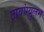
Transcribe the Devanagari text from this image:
ट्रायांग्युलम